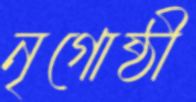
নৃগোষ্ঠী